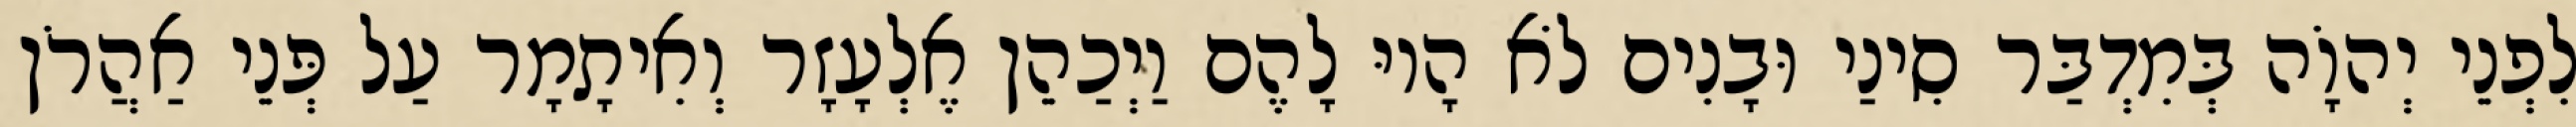
לִפְנֵי יְהוָֹה בְּמִדְבַּר סִינַי וּבָנִים לֹא הָיוּ לָהֶם וַיְכַהֵן אֶלְעָזָר וְאִיתָמָר עַל פְּנֵי אַהֲרֹן